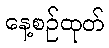
နေ့စဉ်ထုတ်